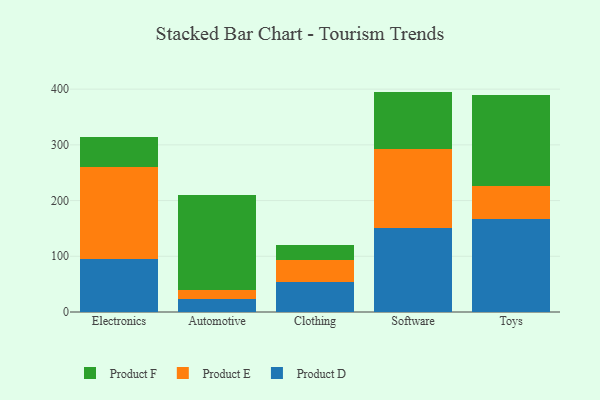
{"axis": {"x": "Category", "y": "Temperature (°C)"}, "legend": ["Product D", "Product E", "Product F"], "data": [{"x": "Electronics", "y": 95.4, "type": "Product D"}, {"x": "Electronics", "y": 164.8, "type": "Product E"}, {"x": "Electronics", "y": 54.1, "type": "Product F"}, {"x": "Automotive", "y": 24.0, "type": "Product D"}, {"x": "Automotive", "y": 15.4, "type": "Product E"}, {"x": "Automotive", "y": 171.5, "type": "Product F"}, {"x": "Clothing", "y": 54.7, "type": "Product D"}, {"x": "Clothing", "y": 38.2, "type": "Product E"}, {"x": "Clothing", "y": 28.1, "type": "Product F"}, {"x": "Software", "y": 150.9, "type": "Product D"}, {"x": "Software", "y": 141.1, "type": "Product E"}, {"x": "Software", "y": 103.6, "type": "Product F"}, {"x": "Toys", "y": 167.6, "type": "Product D"}, {"x": "Toys", "y": 58.2, "type": "Product E"}, {"x": "Toys", "y": 164.1, "type": "Product F"}]}